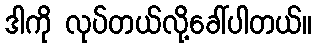
ဒါကို လုပ်တယ်လို့ခေါ်ပါတယ်။